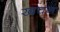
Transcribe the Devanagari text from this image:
खचन